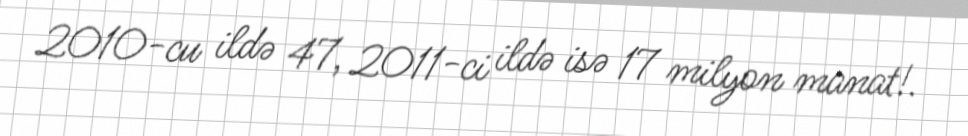
2010-cu ildə 47, 2011-ci ildə isə 17 milyon manat!.